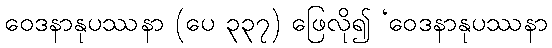
ဝေဒနာနုပဿနာ (ပေ ၃၃၇) ဖြေလို၍ ‘ဝေဒနာနုပဿနာ